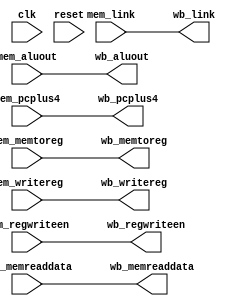
module pipe_mem2wb(input clk, reset,
                   input         mem_memtoreg,
                   input         mem_link,
                   input         mem_regwriteen,
                   input [4:0]   mem_writereg,
                   input [31:0]  mem_aluout,
                   input [31:0]  mem_memreaddata,
                   input [31:0]  mem_pcplus4,
                   output        wb_memtoreg,
                   output        wb_link,
                   output        wb_regwriteen,
                   output [4:0]  wb_writereg,
                   output [31:0] wb_aluout,
                   output [31:0] wb_memreaddata,
                   output [31:0] wb_pcplus4);

   assign wb_memtoreg = mem_memtoreg;
   assign wb_link = mem_link;
   assign wb_writereg = mem_writereg;
   assign wb_regwriteen = mem_regwriteen;
   assign wb_aluout = mem_aluout;
   assign wb_memreaddata = mem_memreaddata;
   assign wb_pcplus4 = mem_pcplus4;

endmodule